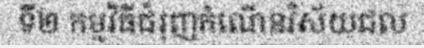
ទី២ កម្មវិធីជំរុញកំណើនវិស័យជល